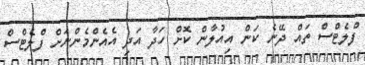
ފްލެޓްސް ތައް ދޭނެ ކަން އިއުލާން ކޮށް ހަދާ އަދި އެެއެންމެންނަށް ފްލެޓްސް